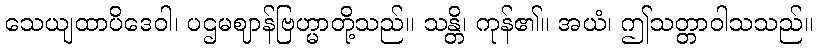
သေယျထာပိဒေဝါ၊ ပဌမဈာန်ဗြဟ္မာတို့သည်။ သန္တိ၊ ကုန်၏။ အယံ၊ ဤသတ္တာဝါသသည်။